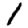
Digit: 1